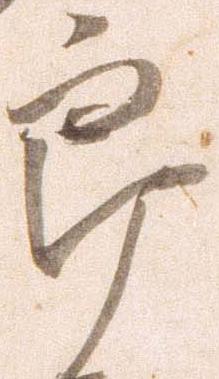
郎